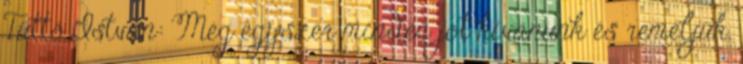
Tüttő István: Még egyszer minden jót kívánunk és reméljük,